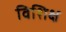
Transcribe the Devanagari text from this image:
विशिक्ष